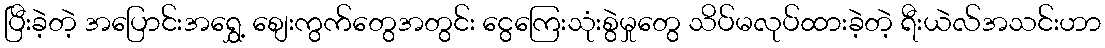
ပြီးခဲ့တဲ့ အပြောင်းအရွှေ့ စျေးကွက်တွေအတွင်း ငွေကြေးသုံးစွဲမှုတွေ သိပ်မလုပ်ထားခဲ့တဲ့ ရီးယဲလ်အသင်းဟာ